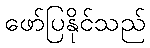
ဖော်ပြနိုင်သည်